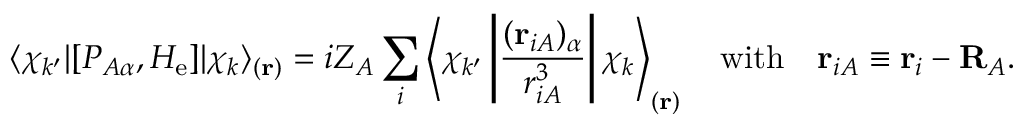
\langle \chi _ { k ^ { \prime } } | [ P _ { A \alpha } , H _ { \mathrm { e } } ] | \chi _ { k } \rangle _ { ( \mathbf { r } ) } = i Z _ { A } \sum _ { i } \left\langle \chi _ { k ^ { \prime } } \left| { \frac { ( \mathbf { r } _ { i A } ) _ { \alpha } } { r _ { i A } ^ { 3 } } } \right| \chi _ { k } \right\rangle _ { ( \mathbf { r } ) } \quad { \mathrm { w i t h } } \quad \mathbf { r } _ { i A } \equiv \mathbf { r } _ { i } - \mathbf { R } _ { A } .